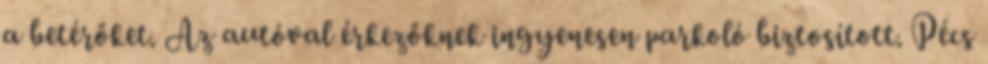
a betérőket. Az autóval érkezőknek ingyenesen parkoló biztosított. Pécs